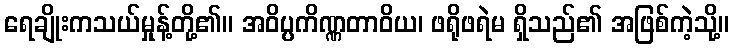
ရေချိုးကသယ်မှုန့်တို့၏။ အဝိပ္ပကိဏ္ဏတာဝိယ၊ ဖရိုဖရဲမ ရှိသည်၏ အဖြစ်ကဲ့သို့။